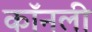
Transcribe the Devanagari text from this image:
कॉनली